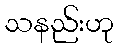
သနည်းဟု